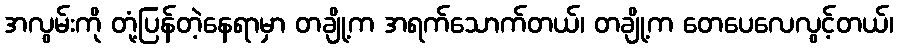
အလွမ်းကို တုံ့ပြန်တဲ့နေရာမှာ တချို့က အရက်သောက်တယ်၊ တချို့က တေပေလေလွင့်တယ်၊